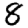
Digit: 8